65_HS1-834228961_62-HQ-83894_Section_8
Agency: FBI
Page 8
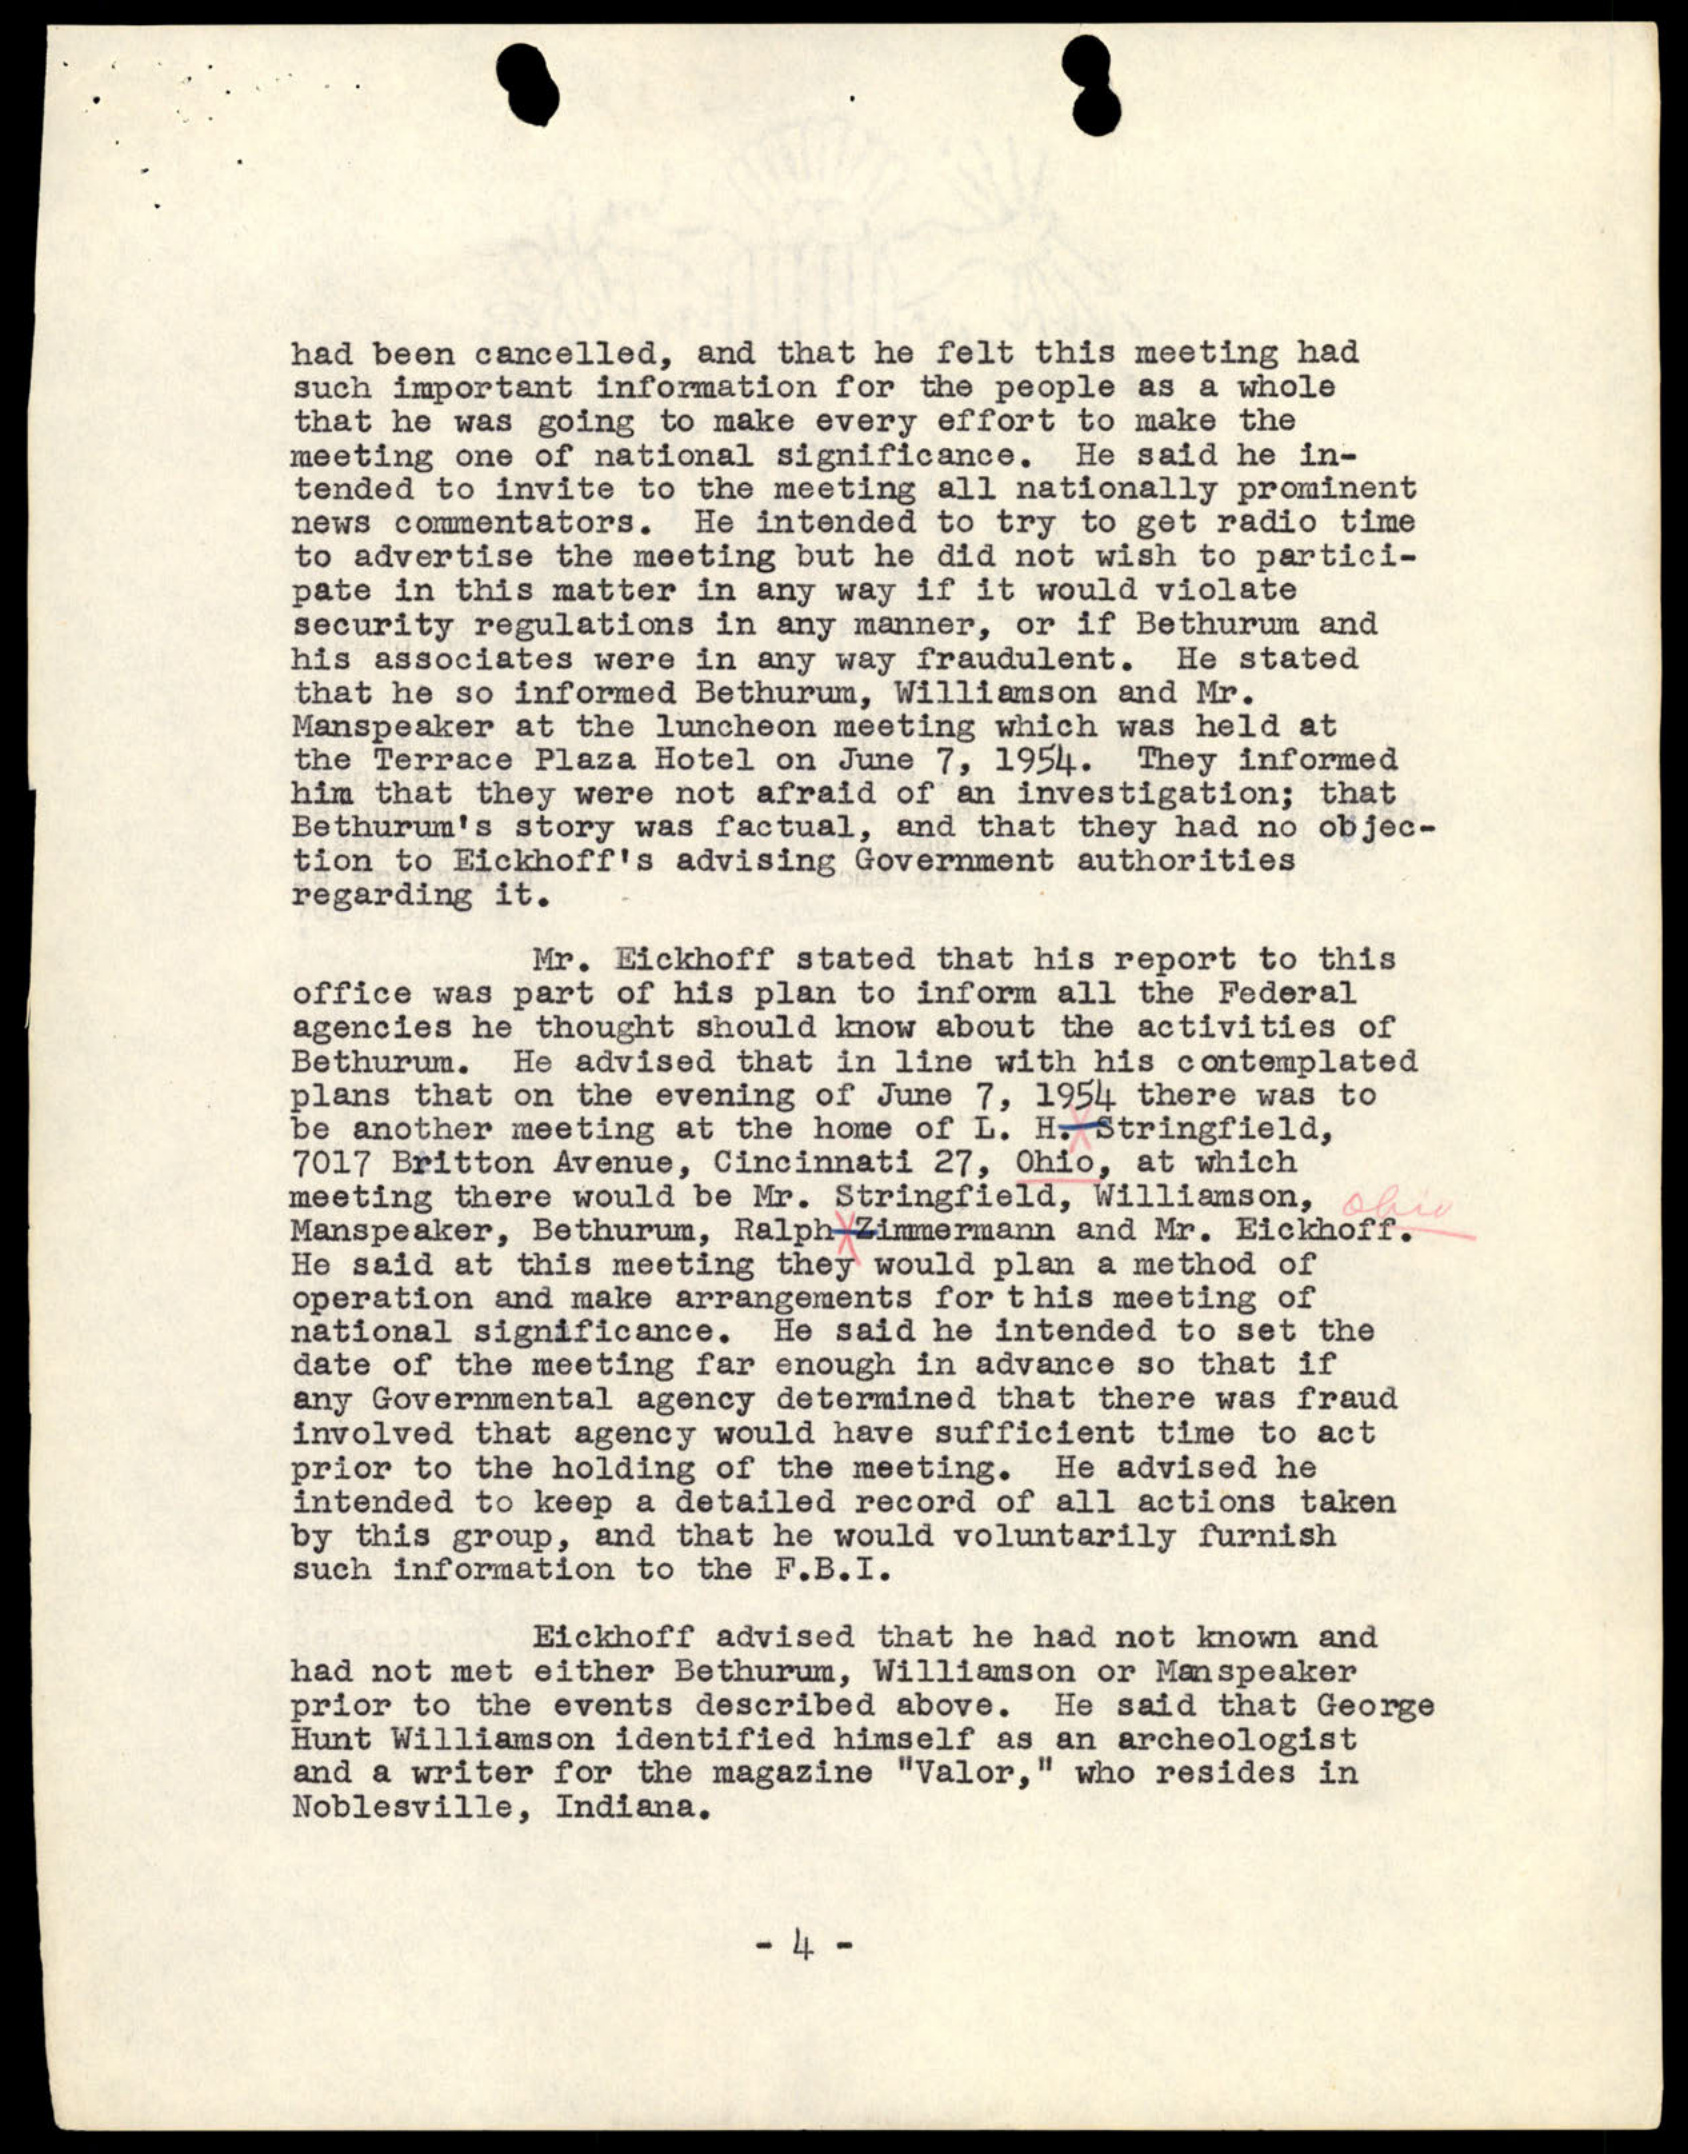